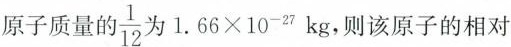
原子质量的 \frac{1}{12} 为1. 66 \times 10^{-27}kg, 则该原子的相对